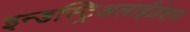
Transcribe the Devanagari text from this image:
इन्डस्ट्रिअलाईज़ेशन